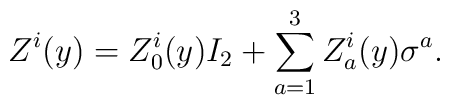
Z^{i}(y)=Z^{i}_{0}(y)I_2 + \sum_{a=1}^3 Z^{i}_{a}(y)\sigma^{a}.